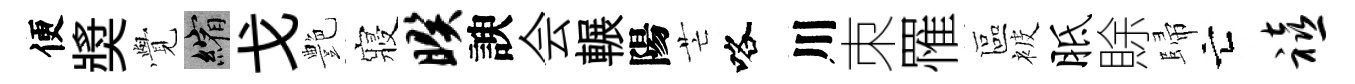
便奬𮗜縮戈艶寢暌諛会輾陽芒咯川朿罹區被胝賖歸亡禧